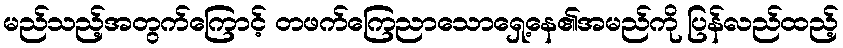
မည်သည့်အတွက်ကြောင့် တဖက်ကြေညာသောရှေ့နေ၏အမည်ကို ပြန်လည်ထည့်